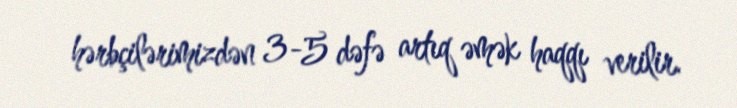
hərbçilərimizdən 3-5 dəfə artıq əmək haqqı verilir.